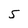
Character: 5